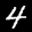
Label: 4